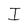
Character: I